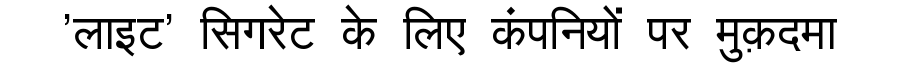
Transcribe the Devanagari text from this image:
'लाइट' सिगरेट के लिए कंपनियों पर मुक़दमा